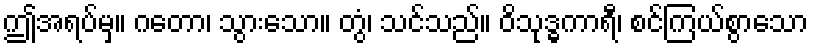
ဤအရပ်မှ။ ဂတော၊ သွားသော။ တွံ၊ သင်သည်။ ဝိသုဒ္ဓကာရီ၊ စင်ကြယ်စွာသော